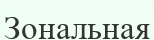
Зональная